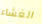
الغشاء